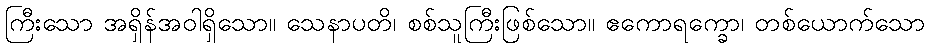
ကြီးသော အရှိန်အဝါရှိသော။ သေနာပတိ၊ စစ်သူကြီးဖြစ်သော။ ဧကောရက္ခော၊ တစ်ယောက်သော